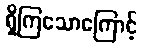
ရှိကြသောကြောင့်